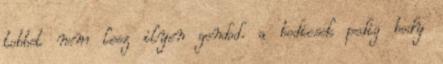
tobbet nem lesz ilyen gondod. a bodicsek pedig body